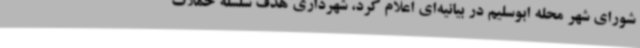
شورای شهر محله ابوسلیم در بیانیه‌ای اعلام کرد، شهرداری هدف سلسله حملات